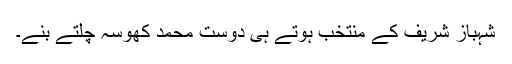
شہباز شریف کے منتخب ہوتے ہی دوست محمد کھوسہ چلتے بنے۔